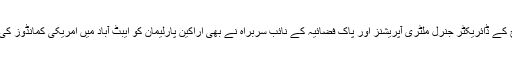
آئی ایس آئی کے سربراہ کی بریفنگ سے قبل پاکستانی فوج کے ڈائریکٹر جنرل ملٹری آپریشنز اور پاک فضائیہ کے نائب سربراہ نے بھی اراکین پارلیمان کو ایبٹ آباد میں امریکی کمانڈوز کی کارروائی سے متعلق معاملات کی تفصیلات سے آگاہ کیا۔